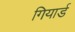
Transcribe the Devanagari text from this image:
गियार्ड